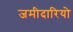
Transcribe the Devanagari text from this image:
जमीदारियो